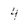
Character: 4